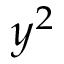
y ^ { 2 }